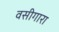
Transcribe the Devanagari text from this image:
वसीगारा